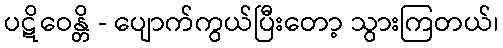
ပဋိဝေန္တိ - ပျောက်ကွယ်ပြီးတော့ သွားကြတယ်၊